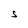
Character: S